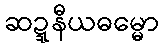
ဆဍ္ဍနီယဓမ္မော